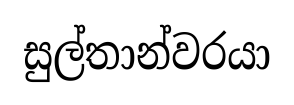
සුල්තාන්වරයා